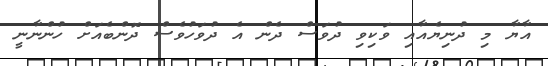
އާޔާ މި ދުނިޔެއާއި ވަކިވި ދުވަސް ދެން އެ ދުވަހުވެސް ދޮންބެއަށް ހުންނާނީ